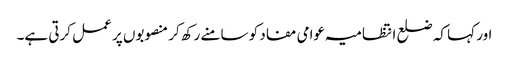
اور کہا کہ ضلع انتظامیہ عوامی مفاد کو سامنے رکھ کر منصوبوں پر عمل کرتی ہے۔